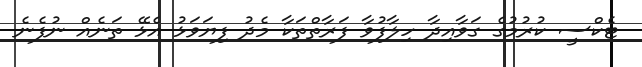
ޓެކްސީ ކުރުމުގެ ގަވާއިދާ ހިލާފުވާ ފަރާތްތަކާ މެދު ފިޔަވަޅު އެޅޭ ތަނެއް ނުފެނެ